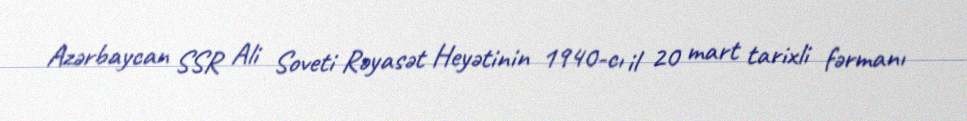
Azərbaycan SSR Ali Soveti Rəyasət Heyətinin 1940-cı il 20 mart tarixli fərmanı